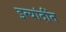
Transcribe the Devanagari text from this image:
इत्यांदींत